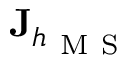
\mathbf { J } _ { h _ { \mathrm { ~ M ~ S ~ } } }